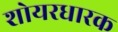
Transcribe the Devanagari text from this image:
शोयरधारक